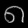
Digit: ၈